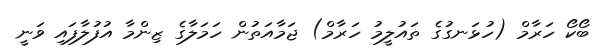
ބޯކޯ ހަރާމް (ހުޅަނގުގެ ތައުލީމު ހަރާމް) ޖަމާއަތުން ހަމަލާގެ ޒިންމާ އުފުލާފައި ވަނީ